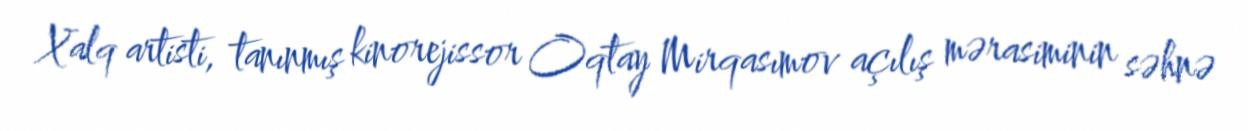
Xalq artisti, tanınmış kinorejissor Oqtay Mirqasımov açılış mərasiminin səhnə